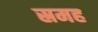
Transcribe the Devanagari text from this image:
स्रमह